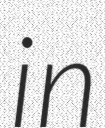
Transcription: in